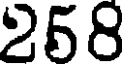
258